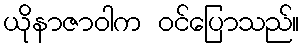
ယိုနာဇာဝါက ဝင်ပြောသည်။